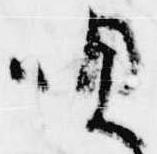
唄